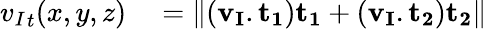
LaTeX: \begin{array}{rl}{{v_{I}}_{t}(x,y,z)}&{{}=\left\| (\mathbf{v_{I}}.\mathbf{{t_{1}}})\mathbf{{t_{1}}}+(\mathbf{v_{I}}.\mathbf{{t_{2}}})\mathbf{{t_{2}}}\right\| }\end{array}